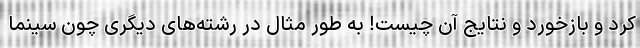
کرد و بازخورد و نتایج آن چیست! به طور مثال در رشته‌های دیگری چون سینما